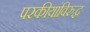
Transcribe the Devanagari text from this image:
परकीयांविरुद्ध